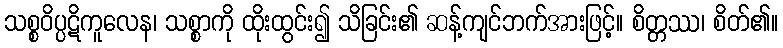
သစ္စဝိပ္ပဋိကူလေန၊ သစ္စာကို ထိုးထွင်း၍ သိခြင်း၏ ဆန့်ကျင်ဘက်အားဖြင့်။ စိတ္တဿ၊ စိတ်၏။